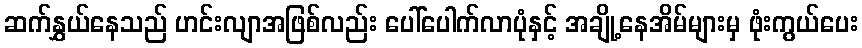
ဆက်နွှယ်နေသည် ဟင်းလျာအဖြစ်လည်း ပေါ်ပေါက်လာပုံနှင့် အချို့နေအိမ်များမှ ဖုံးကွယ်ပေး